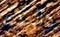
والبدء